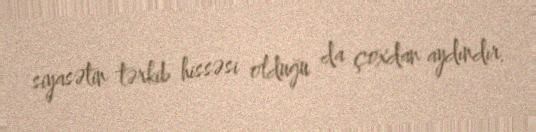
siyasətin tərkib hissəsi olduğu da çoxdan aydındır.